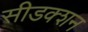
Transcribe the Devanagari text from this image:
सीडक्शन